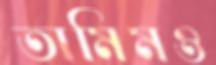
তামিমও